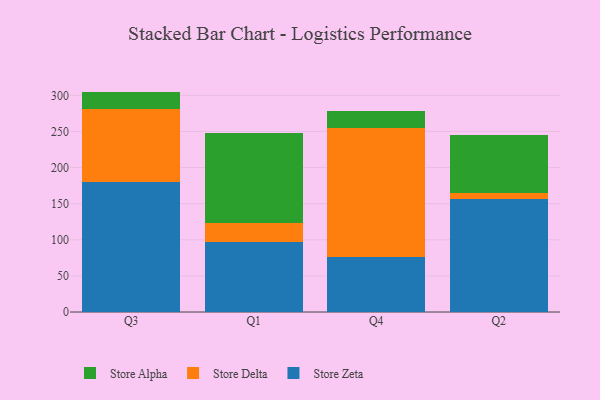
{"axis": {"x": "Quarter", "y": "Active Users"}, "legend": ["Store Alpha", "Store Delta", "Store Zeta"], "data": [{"x": "Q3", "y": 179.4, "type": "Store Zeta"}, {"x": "Q3", "y": 102.0, "type": "Store Delta"}, {"x": "Q3", "y": 23.8, "type": "Store Alpha"}, {"x": "Q1", "y": 96.8, "type": "Store Zeta"}, {"x": "Q1", "y": 26.4, "type": "Store Delta"}, {"x": "Q1", "y": 125.3, "type": "Store Alpha"}, {"x": "Q4", "y": 76.3, "type": "Store Zeta"}, {"x": "Q4", "y": 178.0, "type": "Store Delta"}, {"x": "Q4", "y": 24.1, "type": "Store Alpha"}, {"x": "Q2", "y": 157.1, "type": "Store Zeta"}, {"x": "Q2", "y": 7.5, "type": "Store Delta"}, {"x": "Q2", "y": 81.0, "type": "Store Alpha"}]}